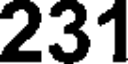
231